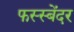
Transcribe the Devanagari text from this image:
फस्स्बेंदर